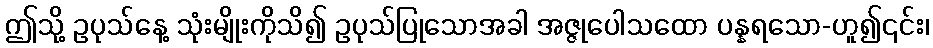
ဤသို့ ဥပုသ်နေ့ သုံးမျိုးကိုသိ၍ ဥပုသ်ပြုသောအခါ အဇ္ဇုပေါသထော ပန္နရသော-ဟူ၍၎င်း၊